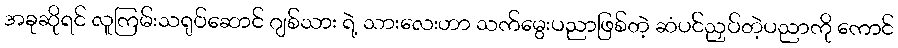
အခုဆိုရင် လူကြမ်းသရုပ်ဆောင် ဂျစ်သား ရဲ့ သားလေးဟာ သက်မွေးပညာဖြစ်တဲ့ ဆံပင်ညှပ်တဲ့ပညာကို ကောင်